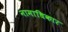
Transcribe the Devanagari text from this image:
नामाधिकार